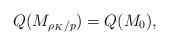
LaTeX: \begin{align*}Q(M_{\rho_K/p}) = Q(M_0),\end{align*}